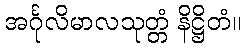
အင်္ဂုလိမာလသုတ္တံ နိဋ္ဌိတံ။